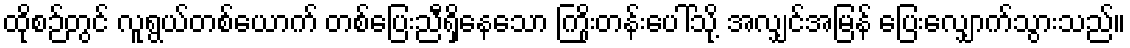
ထိုစဉ်တွင် လူရွယ်တစ်ယောက် တစ်ပြေးညီရှိနေသော ကြိုးတန်းပေါ်သို့ အလျှင်အမြန် ပြေးလျှောက်သွားသည်။